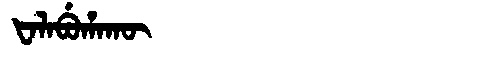
Manchu: ᡶᠠᠯᠠᠪᡠᡥᠠᡴᡡ
Romanization: FALABUHAKŪ